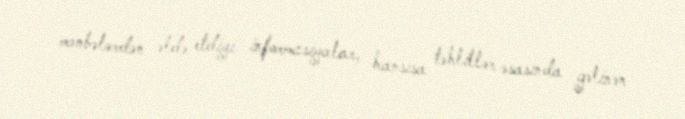
mənbələrdən əldə etdiyi informasiyalar, hansısa təhlillər əsasında gəlinən